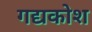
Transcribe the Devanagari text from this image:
गद्यकोश